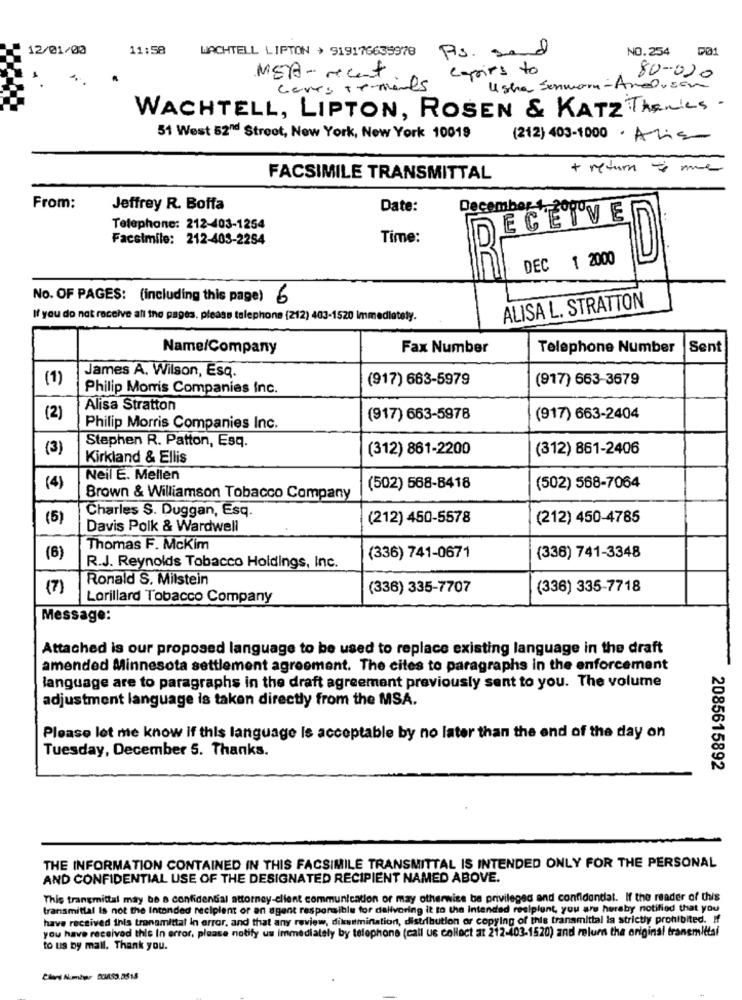
12/01/00
11:58
NO.254
DØ1
WACHTELL LIPTON > 919176635978 Pis. sand
MEA - recent
capsirs to
80-020
covers ++ mands
Usha Somworn- And.son
WACHTELL, LIPTON, ROSEN & KATZ Thenies .
51 West 52nd Street, New York, New York 10019
(212) 403-1000 · Alis
+ return true
FACSIMILE TRANSMITTAL
From:
Jeffrey R. Boffa
Date:
December 4 .- 20g
ECEIVE
Telephone: 212-403-1254
Facsimile: 212-403-2254
Time:
DEC 1 2000
No. OF PAGES: (including this page) 6
ALISA L. STRATTON
If you do not receive all the pages, please telephone (212) 403-1520 Immediately.
Name/Company
Fax Number
Telephone Number
Sent
(1)
James A. Wilson, Esq.
(917) 663-5979
(917) 663-3679
Philip Morris Companies Inc.
Alisa Stratton
(2)
(917) 663-5978
(917) 663-2404
Philip Morris Companies Inc.
Stephen R. Patton, Esq.
(3)
(312) 861-2200
(312) 861-2406
Kirkland & Ellis
Neil E. Mellen
(4)
(502) 568-8418
(502) 568-7064
Brown & Williamson Tobacco Company
Charles S. Duggan, Esq.
(5)
(212) 450-5578
(212) 450-4785
Davis Polk & Wardwell
Thomas F. Mckim
(6)
(336) 741-0671
(336) 741-3348
R.J. Reynolds Tobacco Holdings, Inc.
Ronald S. Milstein
(7)
(336) 335-7707
(336) 335-7718
Lorillard Tobacco Company
Message:
Attached is our proposed language to be used to replace existing language in the draft
amended Minnesota settlement agreement. The cites to paragraphs in the enforcement
language are to paragraphs in the draft agreement previously sent to you. The volume
adjustment language is taken directly from the MSA.
Please let me know if this language Is acceptable by no later than the end of the day on
Tuesday, December 5. Thanks.
2085615892
THE INFORMATION CONTAINED IN THIS FACSIMILE TRANSMITTAL IS INTENDED ONLY FOR THE PERSONAL
AND CONFIDENTIAL USE OF THE DESIGNATED RECIPIENT NAMED ABOVE.
This trangmittal may be a confidential attorney-client communication or may otherwise be privileged and confidential. If the reader of this
transmittal Is not the Intended recipient or an agent responsible for delivering it to the intended recipient, you are hereby notified that you
have received inis tranamittal in error, and that any review, diksemination, distribution or copying of this transmittal la strictly prohibited. If
you have received this In error, please notify us immediately by telephone (call us collect at 212-403-1520) and relurn the original tranemiltal
to us by mail. Thank you.
Çıları Number: 034059 8518